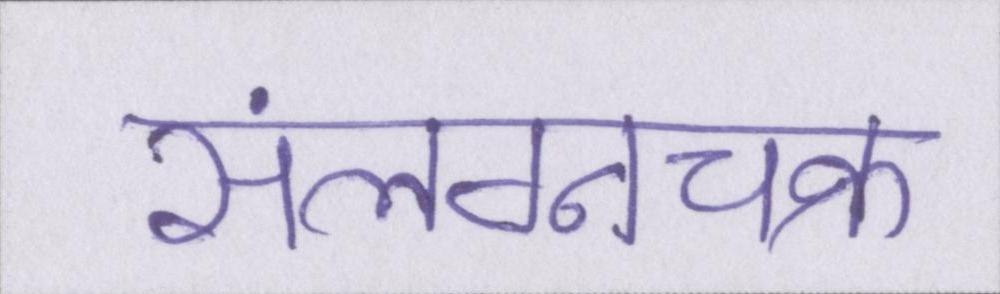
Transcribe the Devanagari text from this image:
संलग्नचक्र